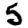
Digit: 5